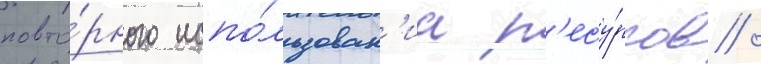
повто́рного испо́льзован'иа р'есу́рсов /